Lock hospitals Punjab
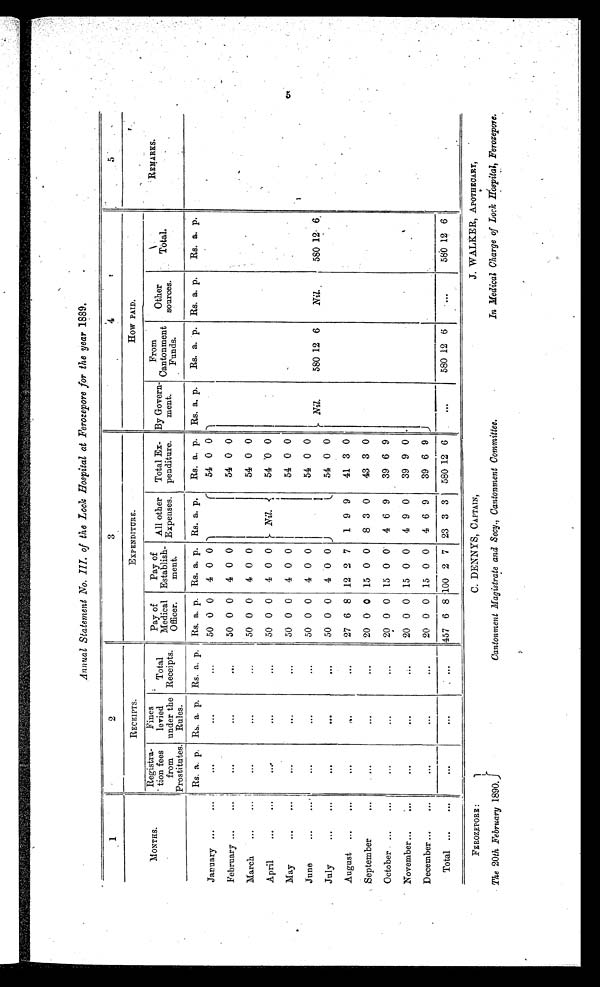
Annual Statement No. III. of the Lock Hospital at Ferozepore for the year 1889.
1
2
3
4
5
MONTHS.
RECEIPTS.
EXPENDITURE.
How PAID.
REMARKS.
Registra-
tion fees
from
Prostitutes.
Fine
levied
under the
Rules.
Total
Receipts.
Pay of
Medical
Officer.
Pay of
Establish-
ment.
All other
Expenses.
Total Ex-
penditure.
By Govern-
ment.
From
Cantonment
Funds.
Other
sources.
Total.
Rs. a. p. Rs. a. p. Rs. a. p. Rs. a. p. Rs. a. p. Rs. a. p.
Rs. a. p. Rs. a. p.
Rs. a. p. Rs. a. p.
Rs. a. p.
January
...
. . .
...
...
50 0 0
4 0 0
Nil.
54 0 0
Nil.
580 12 6
Nil.
580 12 6
February
...
. . .
. . .
. . . 50 0 0
4 0 0
54 0 0
March
...
...
...
...
50 0 0
4 0 0
54 0 0
April
...
. . .
...
...
50 0 0
4 0 0
54 0 0
May
...
...
. . .
. . . 50 0 0
4 0 0
54 0 0
June
...
...
. . .
. . . 50 0 0
4 0 0
54 0 0
July
...
. . .
. . .
. . . 50 0 0
4 0 0
54 0 0
August
...
. . . . . .
. . . 27 6 8 12 2 7
1 9 9
41 3 0
September
. . .
...
...
. . . 20 0 0 15 0 0
8 3 0
43 3 0
October
...
...
. . .
. . . 20 0 0 15 0 0
4 6 9
39 6 9
November
. . .
...
. . .
...
20 0 0 15 0 0
4 9 0
39 9 0
December
...
. . .
. . .
...
20 0 0 15 0 0
4 6 9
39 6 9
Total
...
. . .
. . .
. . .
457 6 8 100 2 7 23 3 3
580 12 6
. . .
580 12 6
. . .
580 12 6
5
FEROZEPORE :
The 20th February 1890.
C. DENNYS, CAPTAIN,
Cantonment Magistrate and Secy., Cantonment Committee.
J. WALKER, APOTHECARY,
In Medical Charge of Lock Hospital, Ferozepore.